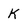
Character: K